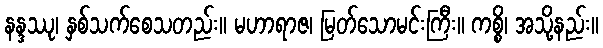
နန္ဒဿု၊ နှစ်သက်စေသတည်း။ မဟာရာဇ၊ မြတ်သောမင်းကြီး။ ကစ္စိ၊ အသို့နည်း။